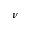
\nu